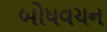
બોધવચન